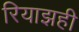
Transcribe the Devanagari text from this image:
रियाझही